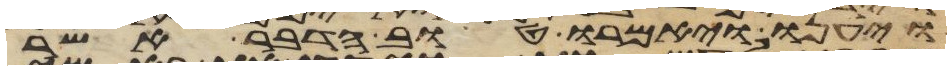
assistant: ויענו ויאמרו טוב הדבר אשר